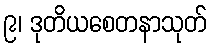
၉၊ ဒုတိယစေတနာသုတ်